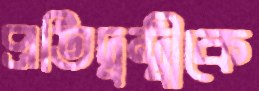
প্রতিদ্বন্দ্বীকে